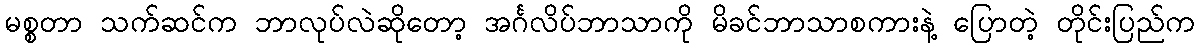
မစ္စတာ သက်ဆင်က ဘာလုပ်လဲဆိုတော့ အင်္ဂလိပ်ဘာသာကို မိခင်ဘာသာစကားနဲ့ ပြောတဲ့ တိုင်းပြည်က